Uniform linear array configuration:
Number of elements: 12
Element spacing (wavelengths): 0.75
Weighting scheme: blackman
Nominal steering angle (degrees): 0
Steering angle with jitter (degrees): -0.9772
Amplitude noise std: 0.05
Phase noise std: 0.05

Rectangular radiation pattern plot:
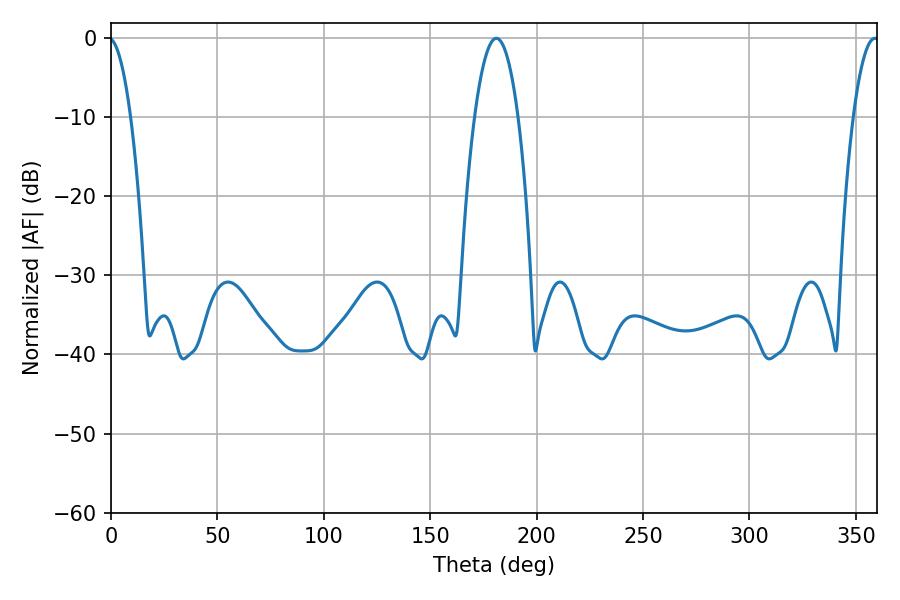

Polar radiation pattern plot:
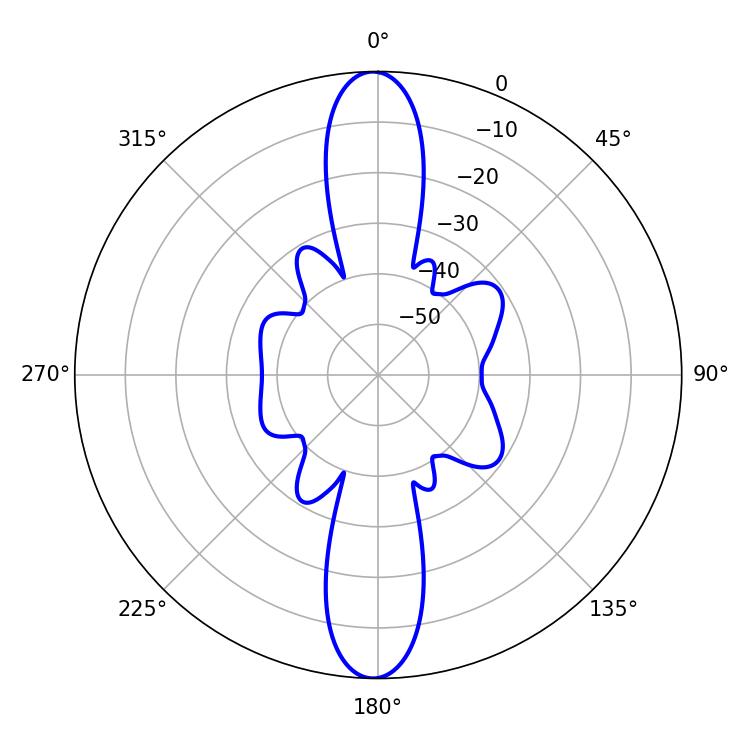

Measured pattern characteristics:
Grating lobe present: TRUE
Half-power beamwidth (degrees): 11.34
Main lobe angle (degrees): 181.08